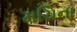
મચિના